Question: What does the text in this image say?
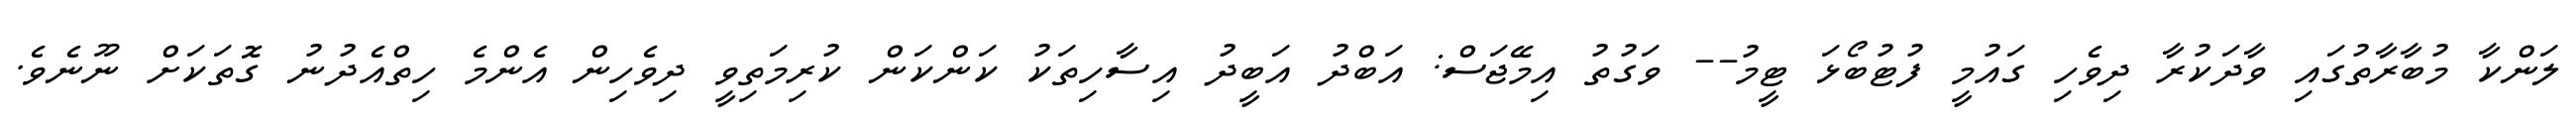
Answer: ލަންކާ މުބާރާތުގައި ވާދަކުރާ ދިވެހި ގައުމީ ފުޓުބޯޅަ ޓީމު-- ވަގުތު އިމޭޖަސް: އަބްދު އަބީދު އިސާހިތަކު ކަންކަން ކުރިމަތިވީ ދިވެހިން އެންމެ ހިތްއެދުނު ގޮތަކަށް ނޫނެވެ.